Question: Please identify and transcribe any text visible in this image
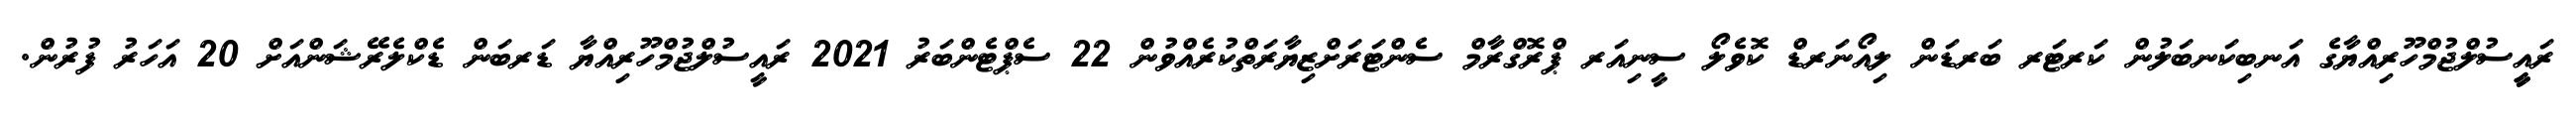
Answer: ރައީީސުލްޖުމްހޫރިއްޔާގެ އަނބިކަނބަލުން ކަރޓަރ ބަރޑަން ލިއޯނަރޑް ކޮވެލޯ ސީނިއަރ ޕްރޮގްރާމް ސެންޓަރަށްޒިޔާރަތްކުރެއްވުން 22 ސެޕްޓެންބަރު 2021 ރައީސުލްޖުމްހޫރިއްޔާ ޑަރބަން ޑެކްލެރޭޝަންއަށް 20 އަހަރު ފުރުން.